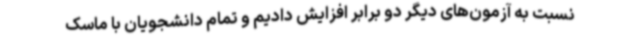
نسبت به آزمون‌های دیگر دو برابر افزایش دادیم و تمام دانشجویان با ماسک